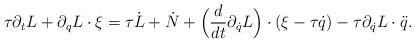
LaTeX: \begin{align*} \tau\partial_t L +\partial_q L\cdot \xi =\tau \dot L+\dot N+ \Bigl(\frac{d}{dt}\partial_{\dot q}L\Bigr)\cdot(\xi-\tau \dot q)- \tau \partial_{\dot q}L\cdot \ddot q.\end{align*}